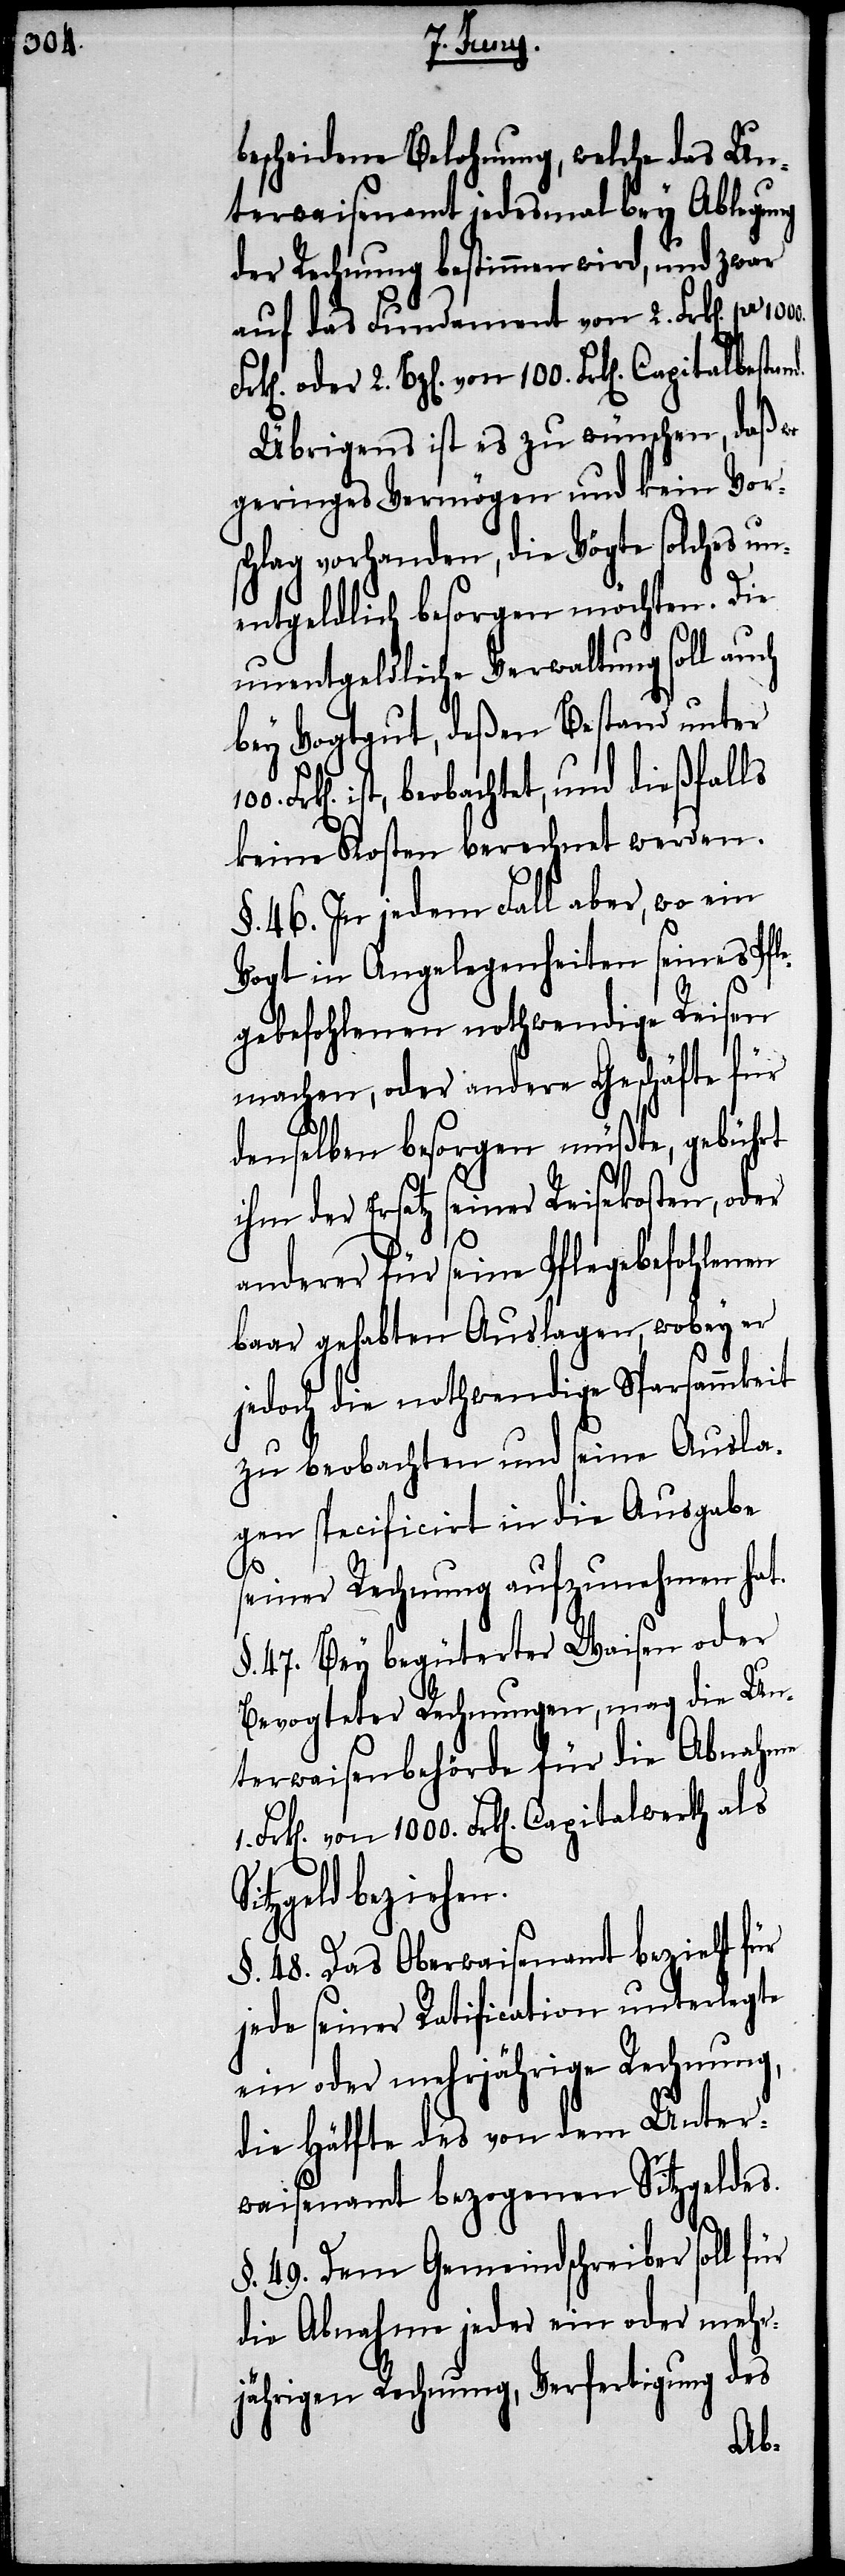
bescheidene Belohnung, welche das Un¬
terwaisenamt jedesmal bey Ablegung
der Rechnung bestimmen wird, und zwar
auf das Fundament von 2. Frk[en]. pr.
Übrigens ist es zu wünschen, daß wo
geringes Vermögen und kein Vor¬
schlag vorhanden, die Vögte solches un¬
entgeldlich besorgen möchten. Die
unentgeldliche Verwaltung soll auch
bey Vogtgut, desen Bestand unter
ist, beobachtet, und dießfalls
keine Kosten berechnet werden.
§. 46. In jedem Fall aber, wo ein
Vogt in Angelegenheiten seines Pfle¬
gebefohlenen nothwendige Reisen
machen, oder andere Geschäfte für
denselben besorgen müßte, gebührt
ihm der Ersatz seiner Reisekosten, oder
Si¬
anderer für seine Pflegebefohlenen
baar gehabten Auslagen, wobey er
jedoch die nothwendige Sparsammkeit
zu beobachten und seine Ausla¬
gen specificirt in die Ausgabe
seiner Rechnung aufzunehmen hat.
§. 47. Bey begüterter Waisen oder
Bevogteter Rechnungen, mag die Un¬
terwaisenbehörde für die Abnahme
tzgeld beziehen.
§. 48. Das Oberwaisenamt bezieht für
jede seiner Ratification unterlegte
ein oder mehrjährige Rechnung,
die Hälfte des von dem Unter¬
waisenamt bezogenen Sitzgeldes.
§. 49. Dem Gemeindschreiber soll für
die Abnahme jeder ein oder mehr¬
jährigen Rechnung, Verfertigung des